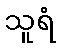
သူရံ